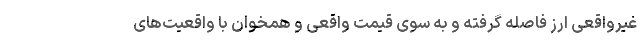
غیرواقعی ارز فاصله گرفته و به سوی قیمت واقعی و همخوان با واقعیت‌های